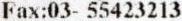
FAX:03- 55423213